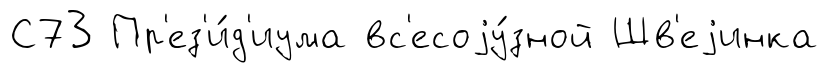
С73 Пр'ез'и́д'иума вс'есоjу́зной Шв'еjинка